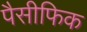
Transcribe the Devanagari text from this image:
पैसीफिक